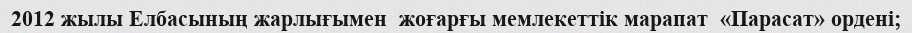
2012 жылы Елбасының жарлығымен  жоғарғы мемлекеттік марапат  «Парасат» ордені;